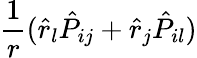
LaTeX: \frac{1}{r}(\hat{r}_{l}\hat{P}_{ij}+\hat{r}_{j}\hat{P}_{il})